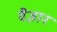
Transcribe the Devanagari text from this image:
वैज्ञानं